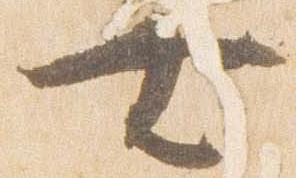
無